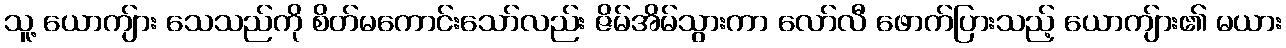
သူ့ ယောကျ်ား သေသည်ကို စိတ်မကောင်းသော်လည်း ဇိမ်အိမ်သွားကာ လော်လီ ဖောက်ပြားသည့် ယောကျ်ား၏ မယား